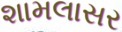
શામલાસર